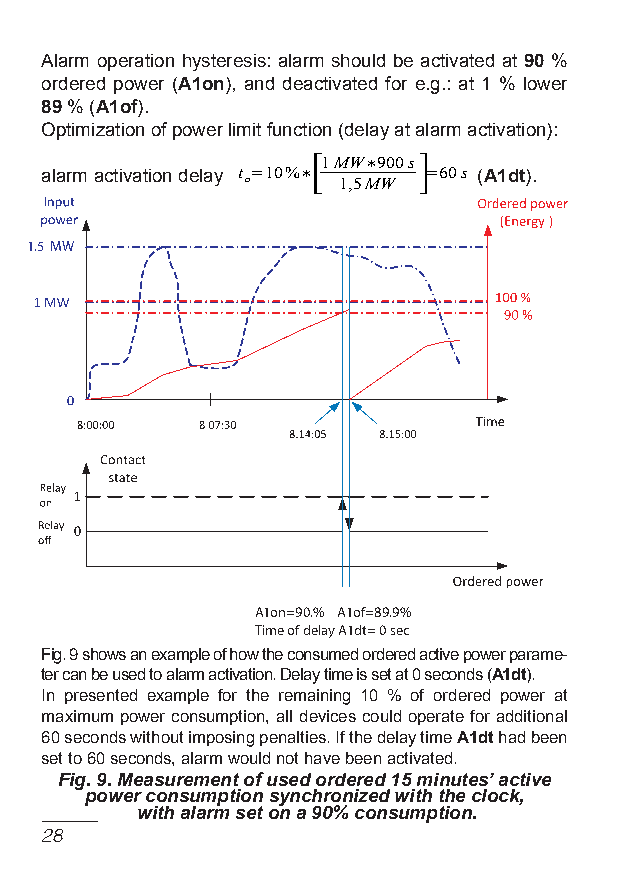
Alarm operation hysteresis: alarm should be activated at 90 %
 ordered power (A1on), and deactivated for e.g.: at 1 % lower
 89 % (A1of).
 Optimization of power limit function (delay at alarm activation):
 [1MW∗900s]
 alarm activation delay t o=10%∗
 1,5MW
 =60s (A1dt).
 1.5 MW
 A1on=90.% A1of=89.9%
 Time of delay A1dt= 0 sec
 fig. 9 shows an example of how the consumed ordered active power parame-
 ter can be used to alarm activation. Delay time is set at 0 seconds (A1dt).
 In presented example for the remaining 10 % of ordered power at
 maximum power consumption, all devices could operate for additional
 60 seconds without imposing penalties. If the delay time A1dt had been
 set to 60 seconds, alarm would not have been activated.
 Fig. 9. Measurement of used ordered 15 minutes’ active
 power consumption synchronized with the clock,
 with alarm set on a 90% consumption.
 